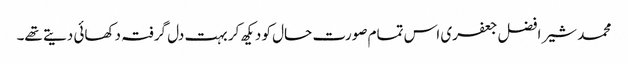
محمد شیر افضل جعفری اس تمام صورت حال کو دیکھ کر بہت دل گرفتہ دکھائی دیتے تھے۔